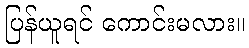
ပြန်ယူရင် ကောင်းမလား။